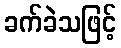
ခက်ခဲသဖြင့်